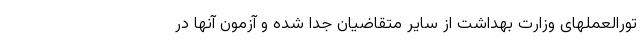
تورالعملهای وزارت بهداشت از سایر متقاضیان جدا شده و آزمون آنها در